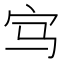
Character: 𡧁